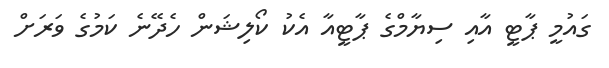
ގައުމީ ޕާޓީ އާއި ސިޔާމްގެ ޕާޓީއާ އެކު ކޯލިޝަން ހެދޭނެ ކަމުގެ ވަރަށް